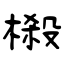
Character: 榝